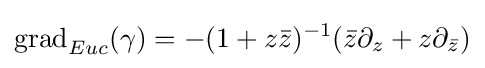
\mathrm {grad} _{Euc}(\gamma )=-(1+z{\bar {z}})^{-1}({\bar {z}}\partial _{z}+z\partial _{\bar {z}})